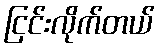
ငြင်းလိုက်တယ်